Indian Civil Veterinary Department memoirs
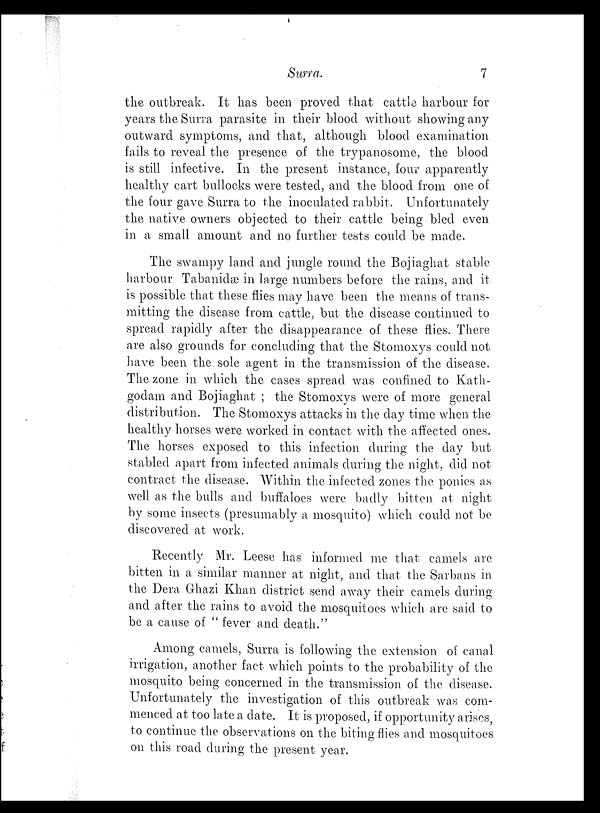
Surra.
7
the outbreak. It has been proved that cattle harbour for
years the Surra parasite in their blood without showing any
outward symptoms, and that, although blood examination
fails to reveal the presence of the trypanosome, the blood
is still infective. In the present instance, four apparently
healthy cart bullocks were tested, and the blood from one of
the four gave Surra to the inoculated rabbit. Unfortunately
the native owners objected to their cattle being bled even
in a small amount and no further tests could be made.
The swampy land and jungle round the Bojiaghat stable
harbour Tabanidæ in large numbers before the rains, and it
is possible that these flies may have been the means of trans-
mitting the disease from cattle, but the disease continued to
spread rapidly after the disappearance of these flies. There
are also grounds for concluding that the Stomoxys could not
have been the sole agent in the transmission of the disease.
The zone in which the cases spread was confined to Kath-
godam and Bojiaghat ; the Stomoxys were of more general
distribution. The Stomoxys attacks in the day time when the
healthy horses were worked in contact with the affected ones.
The horses exposed to this infection during the day but
stabled apart from infected animals during the night, did not
contract the disease. Within the infected zones the ponies as
well as the bulls and buffaloes were badly bitten at night
by some insects (presumably a mosquito) which could not be
discovered at work.
Recently Mr. Leese has informed me that camels are
bitten in a similar manner at night, and that the Sarbans in
the Dera Ghazi Khan district send away their camels during
and after the rains to avoid the mosquitoes which are said to
be a cause of " fever and death. "
Among camels, Surra is following the extension of canal
irrigation, another fact which points to the probability of the
mosquito being concerned in the transmission of the disease.
Unfortunately the investigation of this outbreak was com-
menced at too late a date. It is proposed, if opportunity arises,
to continue the observations on the biting flies and mosquitoes
on this road during the present year.